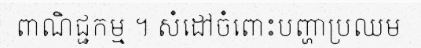
ពាណិជ្ជកម្ម ។ សំដៅចំពោះបញ្ហាប្រឈម